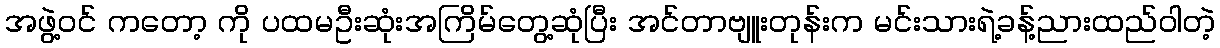
အဖွဲ့ဝင် ကတော့ ကို ပထမဦးဆုံးအကြိမ်တွေ့ဆုံပြီး အင်တာဗျူးတုန်းက မင်းသားရဲ့ခန့်ညားထည်ဝါတဲ့